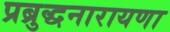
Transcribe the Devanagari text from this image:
प्रब्रुद्धनारायणा